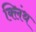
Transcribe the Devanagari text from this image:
क्लिंथ